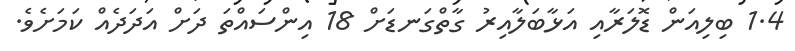
1.4 ބިލިއަން ޑޮލަރާއި އަޅާބަލާއިރު ގާތްގަނޑަށް 18 އިންސައްތަ ދަށް އަދަދެއް ކަމަށެވެ.